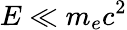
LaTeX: E\ll m_{e}c^{2}